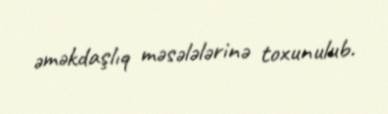
əməkdaşlıq məsələlərinə toxunulub.